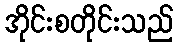
အိုင်းစတိုင်းသည်